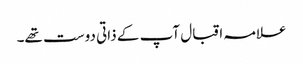
علامہ اقبال آپ کے ذاتی دوست تھے۔